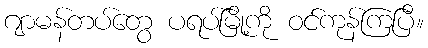
ဂျာမန်တပ်တွေ ပရပ်မြို့ကို ဝင်ကုန်ကြပြီ။